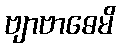
ဗျာဗာဓေမိ